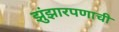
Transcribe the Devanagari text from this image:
झुंझारपणाची